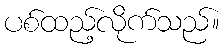
ပစ်ထည့်လိုက်သည်။